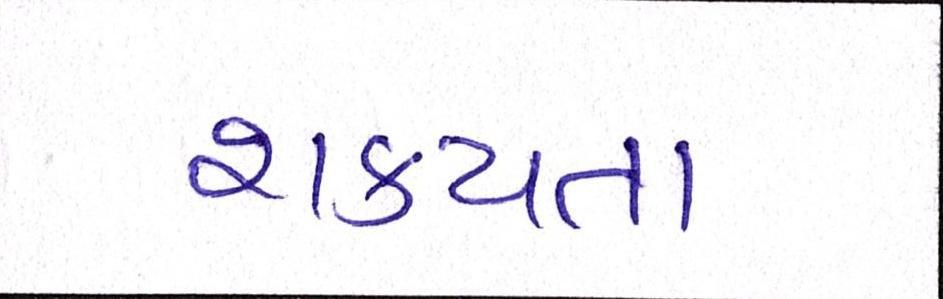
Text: શકયતા